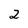
Character: 2